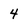
Character: 4